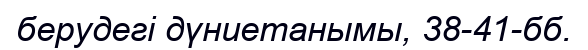
берудегі дүниетанымы, 38-41-бб.